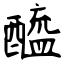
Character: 醯